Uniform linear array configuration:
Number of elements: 64
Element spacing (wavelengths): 0.75
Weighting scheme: uniform
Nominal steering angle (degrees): -45
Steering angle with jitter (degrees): -45.197
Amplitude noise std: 0.05
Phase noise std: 0.05

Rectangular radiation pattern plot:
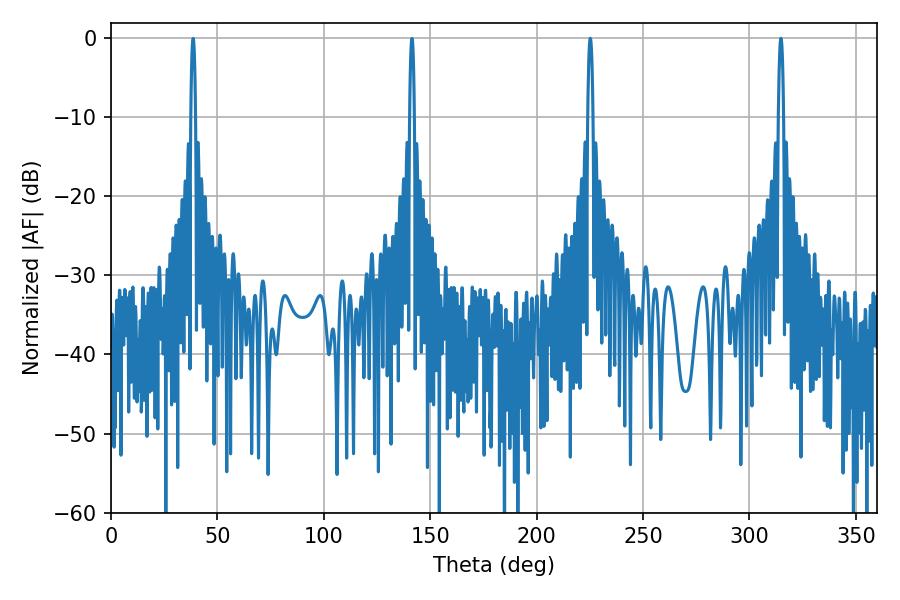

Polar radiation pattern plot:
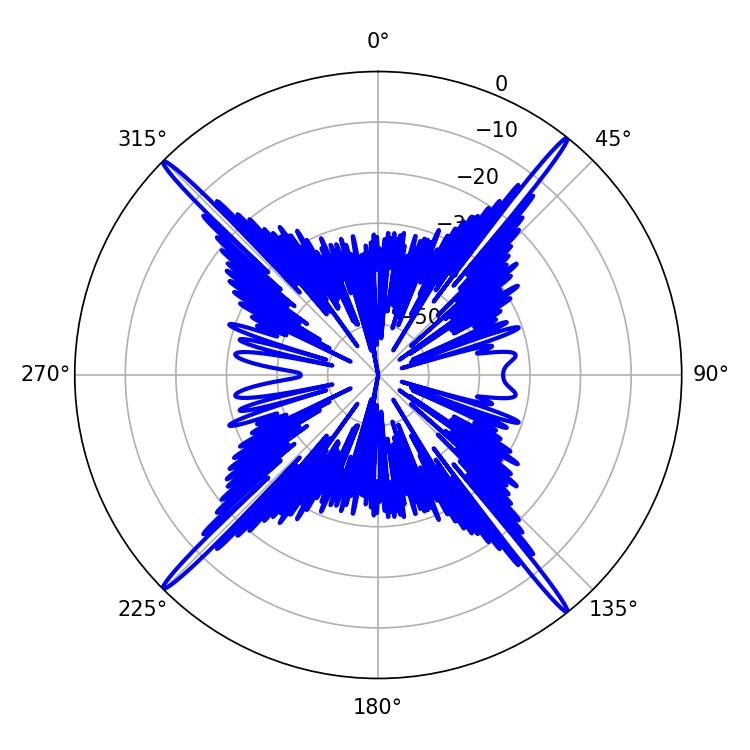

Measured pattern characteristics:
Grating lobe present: TRUE
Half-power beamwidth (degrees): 1.26
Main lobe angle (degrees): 225.18